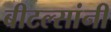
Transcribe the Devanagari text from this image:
बीटल्सांनी